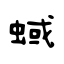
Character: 蜮